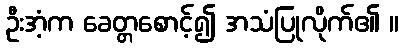
ဦးအံ့က ခေတ္တစောင့်၍ အသံပြုလိုက်၏ ။